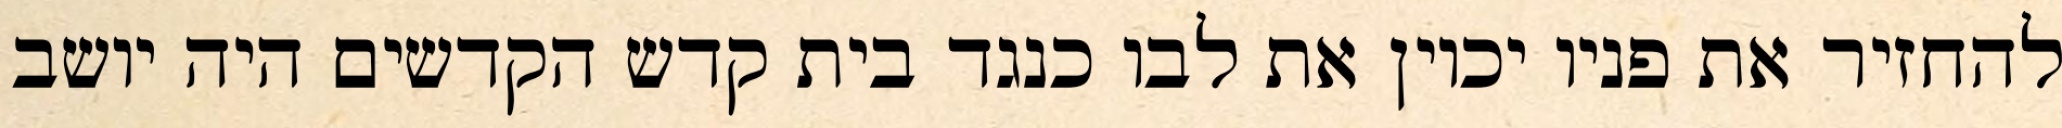
להחזיר את פניו יכוין את לבו כנגד בית קדש הקדשים היה יושב